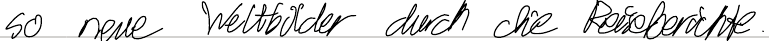
so neue Weltbilder durch die Reiseberichte.